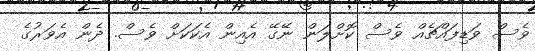
ވެސް ވަޑިފައްޗެއް ވެސް ކޮށްލަން ނޭގޭ އެއިން އެކަކަށް ވެސް. ދެން އެވަރުގެ